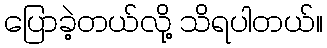
ပြောခဲ့တယ်လို့ သိရပါတယ်။